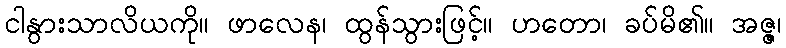
ငါနွားသာလိယကို။ ဖာလေန၊ ထွန်သွားဖြင့်။ ဟတော၊ ခပ်မိ၏။ အဇ္ဇ၊